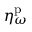
\eta _ { \omega } ^ { \mathrm { p } }